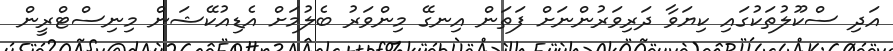
އަދި ސްކޫލުތަކުގައި ކިޔަވާ ދަރިވަރުންނަށް ފަތަން އިނގޭ މިންވަރު ބެލުމަށް އެޑިއުކޭޝަން މިނިސްޓްރީން